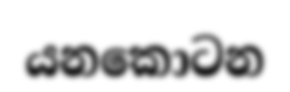
යනකොටන